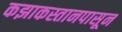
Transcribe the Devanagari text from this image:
कझाकस्तानपासून